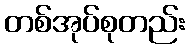
တစ်အုပ်စုတည်း